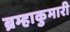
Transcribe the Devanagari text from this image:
ब्रम्हाकुमारी